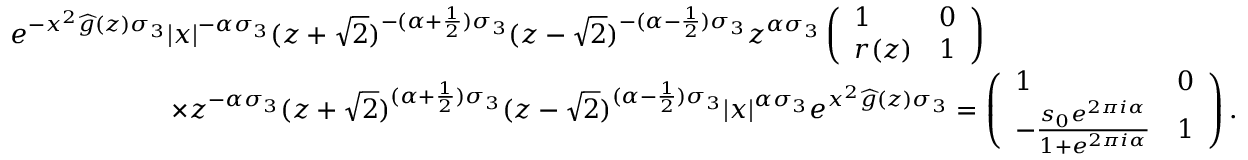
\begin{array} { r l } & { e ^ { - x ^ { 2 } \widehat { g } ( z ) \sigma _ { 3 } } | x | ^ { - \alpha \sigma _ { 3 } } ( z + \sqrt { 2 } ) ^ { - ( \alpha + \frac { 1 } { 2 } ) \sigma _ { 3 } } ( z - \sqrt { 2 } ) ^ { - ( \alpha - \frac { 1 } { 2 } ) \sigma _ { 3 } } z ^ { \alpha \sigma _ { 3 } } \left( \begin{array} { l l } { 1 } & { 0 } \\ { r ( z ) } & { 1 } \end{array} \right) } \\ & { \qquad \qquad \qquad \times z ^ { - \alpha \sigma _ { 3 } } ( z + \sqrt { 2 } ) ^ { ( \alpha + \frac { 1 } { 2 } ) \sigma _ { 3 } } ( z - \sqrt { 2 } ) ^ { ( \alpha - \frac { 1 } { 2 } ) \sigma _ { 3 } } | x | ^ { \alpha \sigma _ { 3 } } e ^ { x ^ { 2 } \widehat { g } ( z ) \sigma _ { 3 } } = \left( \begin{array} { l l } { 1 } & { 0 } \\ { - \frac { s _ { 0 } e ^ { 2 \pi i \alpha } } { 1 + e ^ { 2 \pi i \alpha } } } & { 1 } \end{array} \right) . } \end{array}